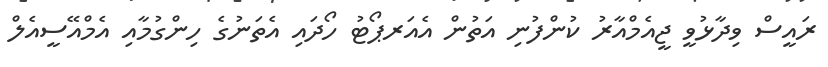
ރައީސް ވިދާޅުވީ ޖީއެމްއާރު ކުންފުނި އަތުން އެއަރޕޯޓު ހޯދައި އެތަނުގެ ހިންގުމާއި އެމްއޭސީއެލް